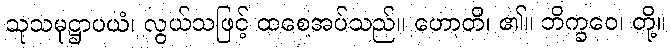
သုသမုဋ္ဌာပယံ၊ လွယ်သဖြင့် ထစေအပ်သည်။ ဟောတိ၊ ၏။ ဘိက္ခဝေ၊ တို့။